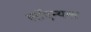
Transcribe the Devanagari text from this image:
लॉएन्थल